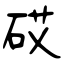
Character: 砹